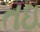
તઇ